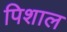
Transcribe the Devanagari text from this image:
पिशाल